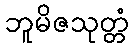
ဘူမိဇသုတ္တံ